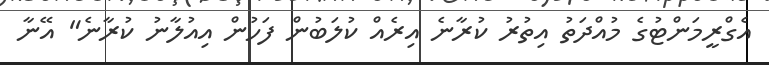
އެގްރީމަންޓުގެ މުއްދަތު އިތުރު ކުރާނެ އިރެއް ކުލަބުން ފަހުން އިއުލާނު ކުރާނެ" އޭނާ